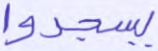
يسجدوا